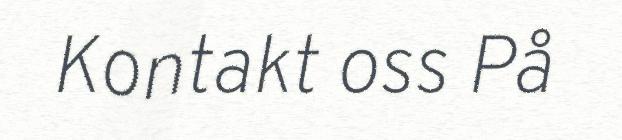
Kontakt oss På